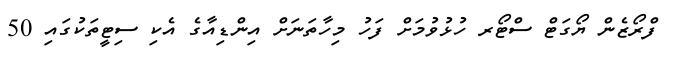
ފްރޯޒެން ޔޯގަޓް ސްޓޯރ ހުޅުވުމަށް ފަހު މިހާތަނަށް އިންޑިއާގެ އެކި ސިޓީތަކުގައި 50